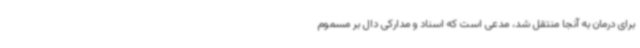
برای درمان به آنجا منتقل شد، مدعی است که اسناد و مدارکی دال بر مسموم